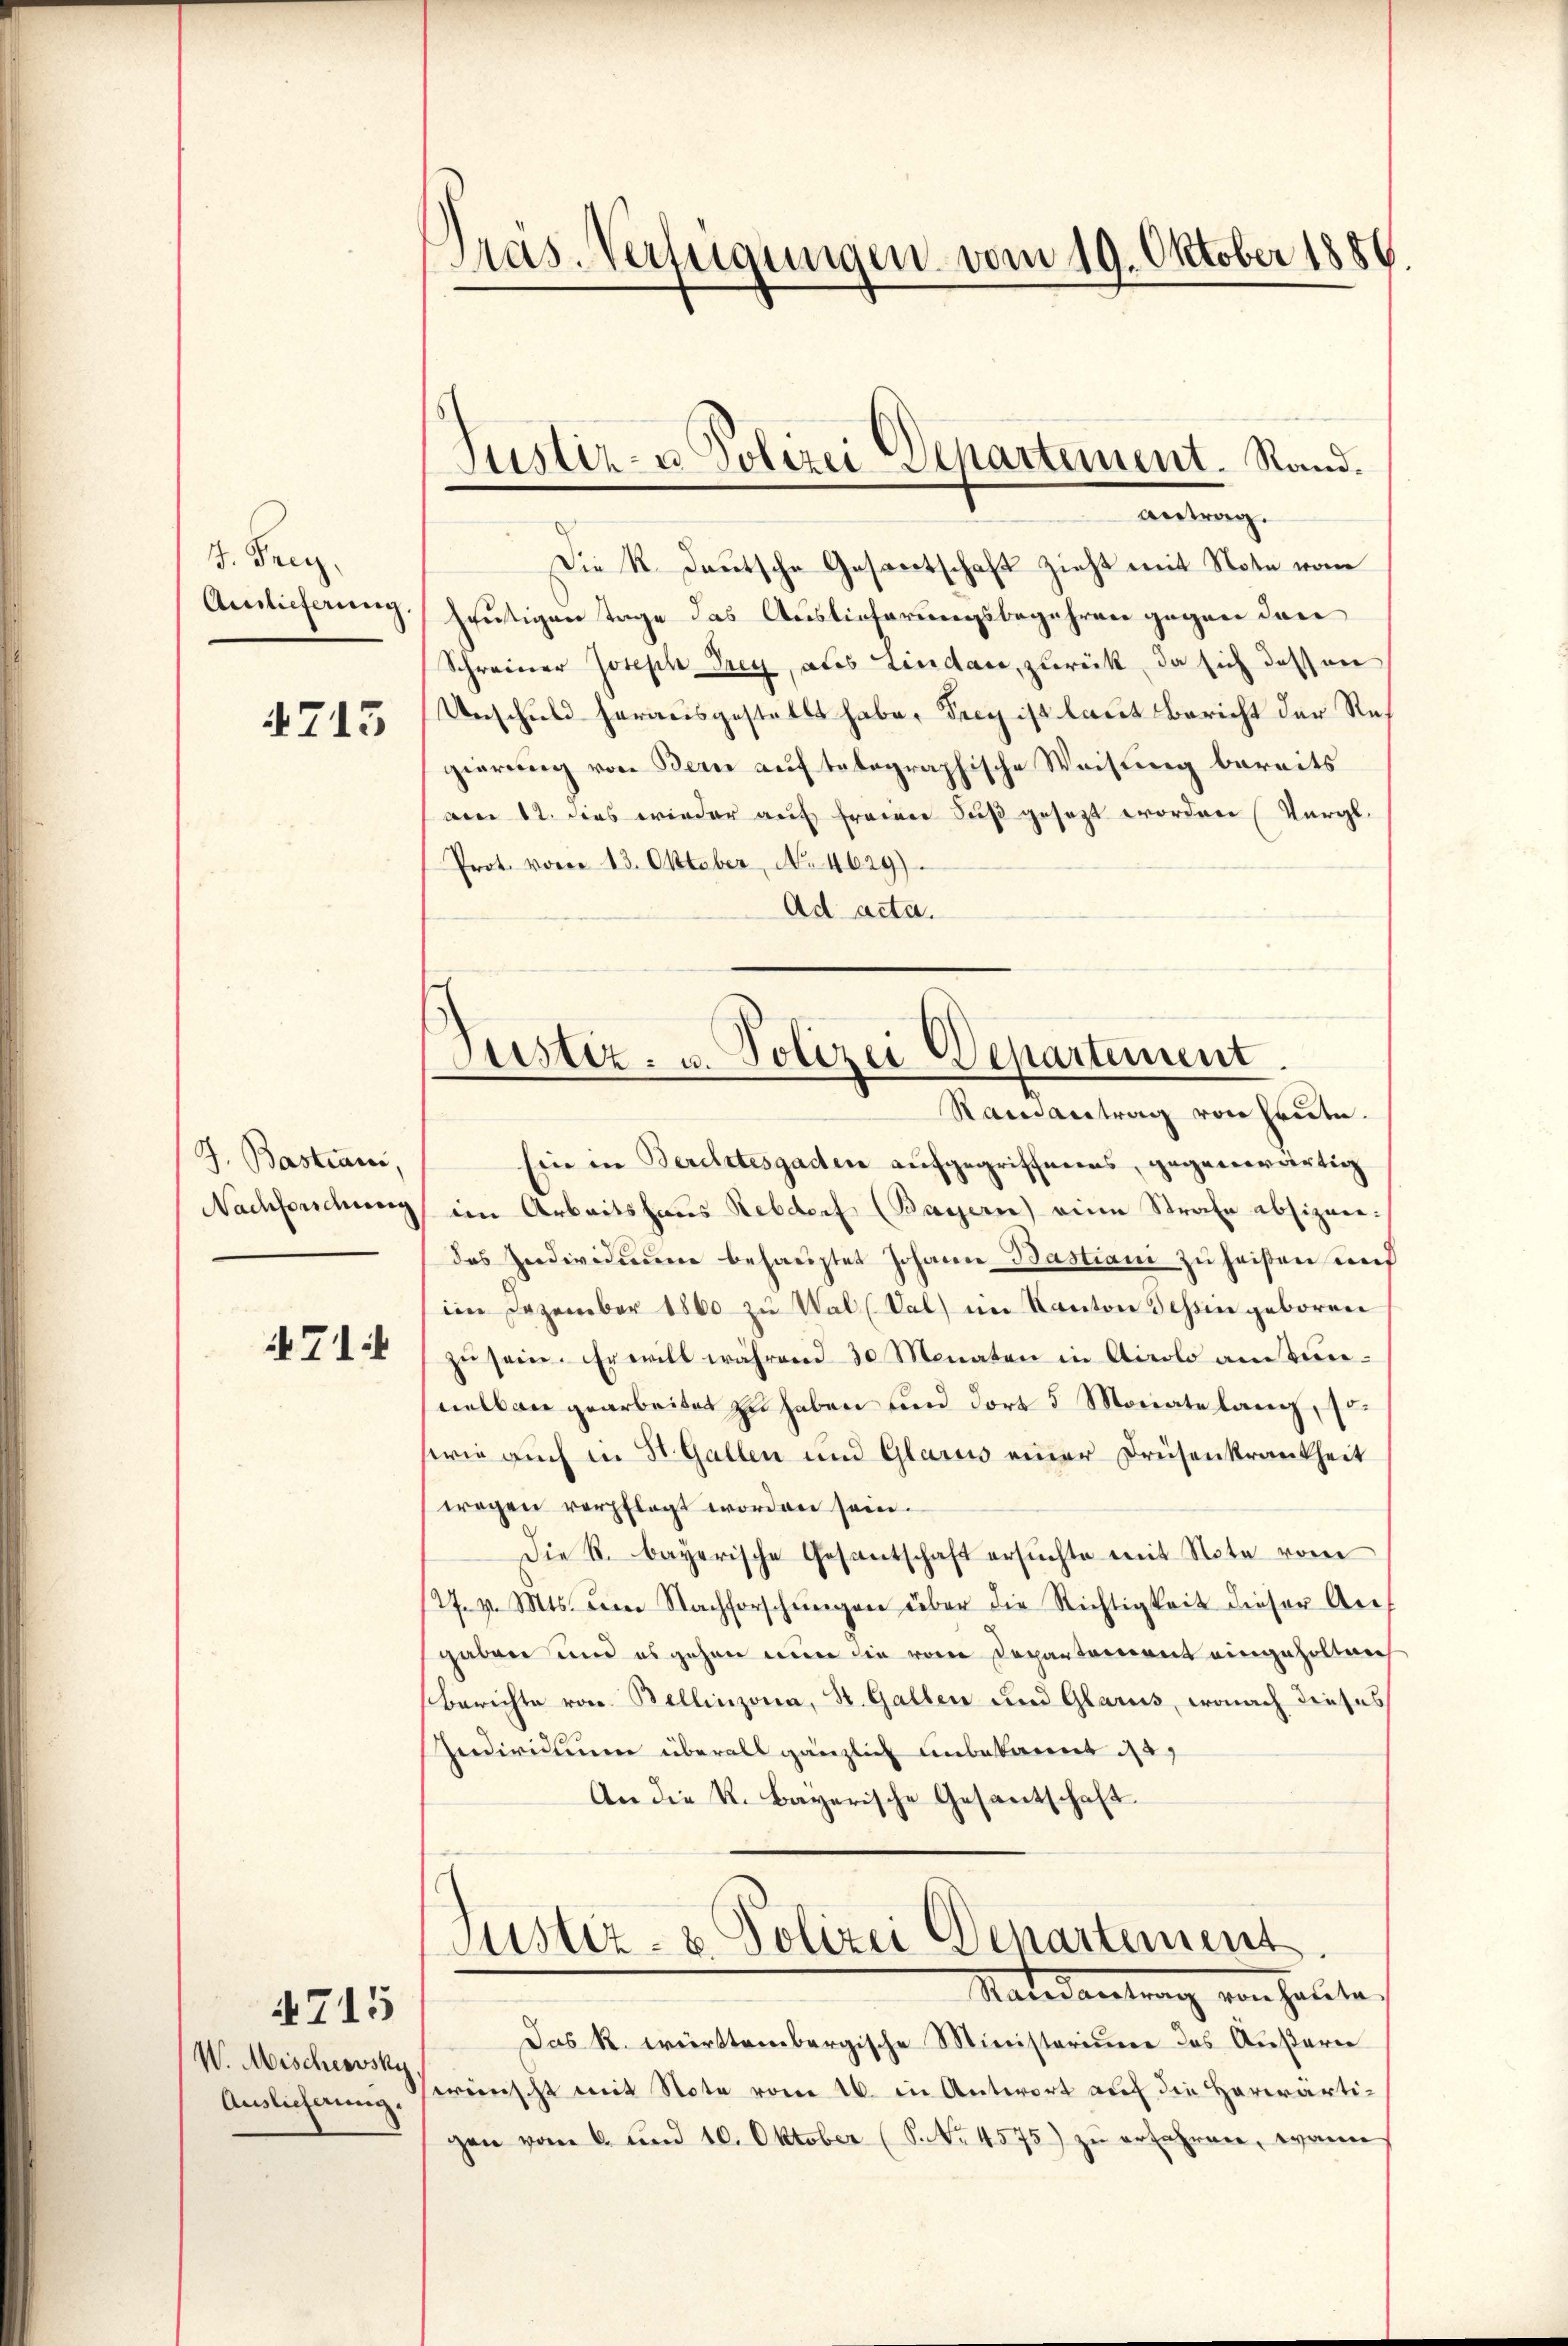
I. Freyz
Ainlieferung

4713

J. Bastiani,
471

V. Mischewsky
Auslieferung.

4715

)
Pras. Verfügungen vom 19. Oktober 1886.

Justiz- & Polizei Departement. Rand.
Antrag.

Die K. Deutsche Gesandtschaft zieht mit Note vom
heutigen Tage das Auslieferungsbegehren gegen den
Schreiner Joseph Frey, als Lindau, zurück, da sich dessen
Unschuld herausgestellt habe, Frey ist laut Bericht der Regierung von Bern auf telographische Weisung bereits
am 12. dies wieder auf freien Fuß gesezt worden (Vergl.
Prot. vom 13. Oktober, No 4629).
Ad acta.

Justiz- u. Polizei Departement.
Ramantrag von Freite.

Eine in Berchtesgaden aufgegriffenes, gegenwärtig
Nachsendung im Arbeitshaus Rebdorf (Bayern) eine Strafe absizondas Individuum behauptet Johann Bastiani zu heißen und
im Dezember 1860 zu Wal (Val) im Kanton Tessin geboren
zu sein. Er will während 30 Monaten in Airolo amtunnelbar gearbeitet zu haben und dort 3 Monate lang, sowie auch in St. Gallen und Glarus einer Drüsenkrankheit
wegen verpflegt worden sein.
Die k. bayerische Gesantschaft ersuchte mit Note vom
127. v. Mts. dem Nachforschŭngen über die Richtigkeit dieser Auf
gaben und es gehen nun die vom Departement eingeholtrech
Berichte von Bellinzona, St. Gallen und Glarus, wonach dieses
Individuum überall gänzlich unbekannt d
An die K. Bayerische Gesantschaft

Justiz- u. Polizei Departement
Ratedantrag von halte,

Das k. württembergische Ministeriume des Äußerer
serenische mit Note vom 16. in Antwort auf die Herwärtigen vom 6. und 10. Oktober (S. Nr. 4575) zu erfahren, wann